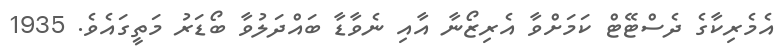
އެމެރިކާގެ ދެސްޓޭޓް ކަމަށްވާ އެރިޒޯނާ އާއި ނެވާޑާ ބައްދަލުވާ ބޯޑަރު މަތީގައެވެ. 1935